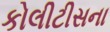
કોલીટીસના